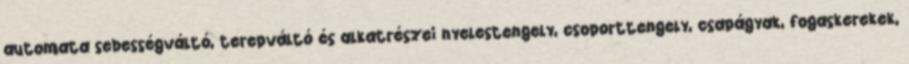
automata sebességváltó, terepváltó és alkatrészei nyelestengely, csoporttengely, csapágyak, fogaskerekek,